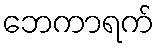
ဘေကာရက်